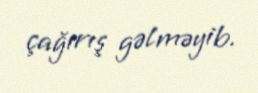
çağırış gəlməyib.